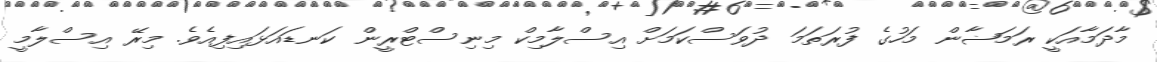
މާދަމާއަކީ ރަމަޟާން މަހުގެ ފުރަތަމަ ދުވަސްކަމަށް އިސްލާމިކް މިނިސްޓްރީން ކަނޑައަޅައިފިއެވެ. މިރޭ އިސްލާމީ